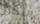
البخار